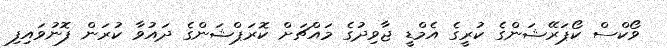
ވޯކްސް ކޯޕަރޭޝަންގެ ކުރީގެ އެމްޑީ ޖާވިދުގެ މައްޗަށް ކޮރަޕްޝަންގެ ދައުވާ ކުރަން ފޮނުވައިފި